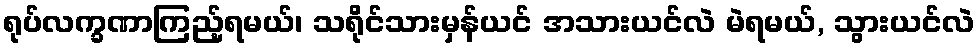
ရုပ်လက္ခဏာကြည့်ရမယ်၊ သရိုင်သားမှန်ယင် အသားယင်လဲ မဲရမယ်, သွားယင်လဲ